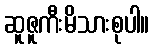
ဆူဇူကီးမိသားစုပါ။